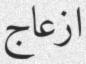
ازعاج